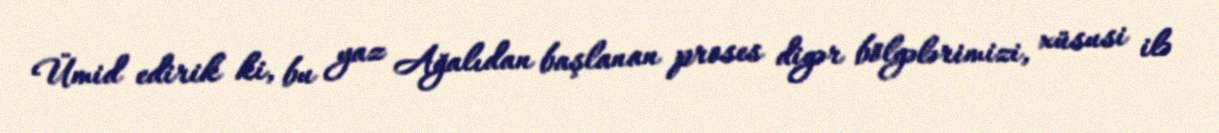
Ümid edirik ki, bu yaz Ağalıdan başlanan proses digər bölgələrimizi, xüsusi ilə